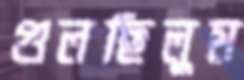
গুলছিলুম